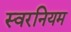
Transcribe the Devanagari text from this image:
स्वरनियम